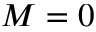
M = 0